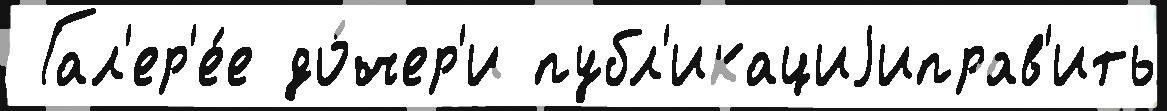
 Гал'ер'е́е до́чер'и публ'икациjиправ'ить